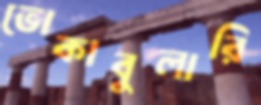
ভোকাবুলারি